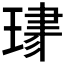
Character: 𤦯